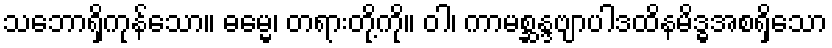
သဘောရှိကုန်သော။ ဓမ္မေ၊ တရားတို့ကို။ ဝါ၊ ကာမစ္ဆန္ဒဗျာပါဒထိနမိဒ္ဓအစရှိသော